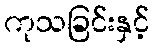
ကုသခြင်းနှင့်